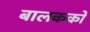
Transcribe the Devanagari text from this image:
बालकको